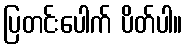
ပြတင်းပေါက် ပိတ်ပါ။